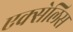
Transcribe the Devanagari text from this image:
एक्सेलिस